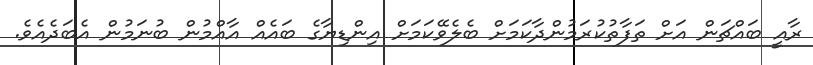
ރާއީ ބައްޗަން އަށް ތަފާތުކުރަމުންދާކަމަށް ބެލެވޭކަމަށް އިންޑިޔާގެ ބައެއް އާއްމުން ބުނަމުން އެބަދެއެވެ.